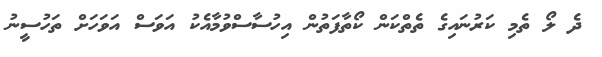
ދެ ލޯ ތެމި ކަރުނައިގެ ތެތްކަން ކޯތާފަތުން އިހުސާސްވުމާއެކު އަވަސް އަވަހަށް ތަހުސީނު